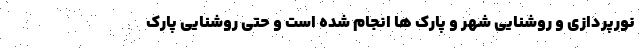
نورپردازی و روشنایی شهر و پارک ها انجام شده است و حتی روشنایی پارک